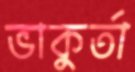
ভাকুর্তা